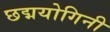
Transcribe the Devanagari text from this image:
छद्मयोगिनी